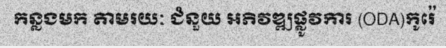
កន្លងមក តាមរយៈ ជំនួយ អភិវឌ្ឍផ្លូវការ (ODA)កូរ៉េ